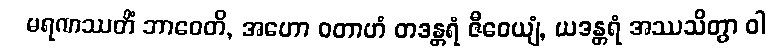
မရဏဿတိံ ဘာဝေတိ, အဟော ဝတာဟံ တဒန္တရံ ဇီဝေယျံ, ယဒန္တရံ အဿသိတွာ ဝါ